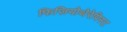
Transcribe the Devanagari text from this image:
फिज़ियोथेरेपिस्ट